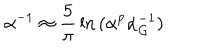
\alpha ^ { - 1 } \approx { \frac { 5 } { \pi } } \ln { ( \alpha ^ { p } \alpha _ { G } ^ { - 1 } ) }